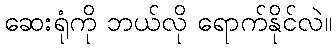
ဆေးရုံကို ဘယ်လို ရောက်နိုင်လဲ။